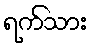
ရက်သား